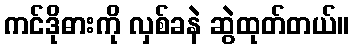
ကင်ဒိုဓားကို လှစ်ခနဲ ဆွဲထုတ်တယ်။